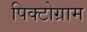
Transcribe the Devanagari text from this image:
पिक्टोग्राम